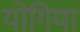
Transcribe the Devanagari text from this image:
योगिया